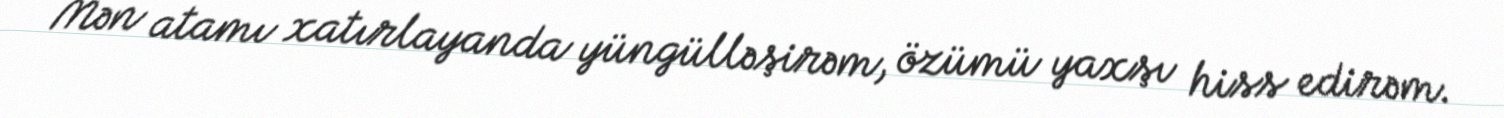
Mən atamı xatırlayanda yüngülləşirəm, özümü yaxşı hiss edirəm.